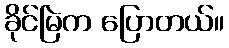
ခိုင်မြဲက ပြောတယ်။